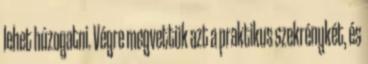
lehet húzogatni. Végre megvettük azt a praktikus szekrénykét, és